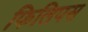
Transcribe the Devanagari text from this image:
फिलिपस